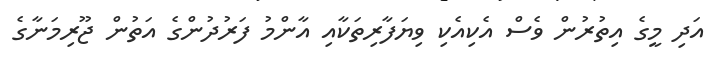
އަދި މީގެ އިތުރުން ވެސް އެކިއެކި ވިޔަފާރިތަކާއި އާންމު ފަރުދުންގެ އަތުން ޖޫރިމަނާގެ